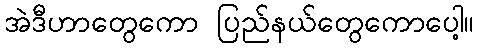
အဲဒီဟာတွေကော ပြည်နယ်တွေကောပေါ့။